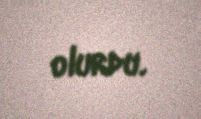
olurdu.